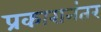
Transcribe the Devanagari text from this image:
प्रकारानंतर